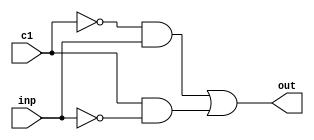
/*
member 1:
Name : Masthanaiah Chintamani
Roll : 191CS115
member 2:
Name : LSV Sandeep 
Roll : 191CS226

Date : 12th March,2021

generates 64-bit ALU
*/

//mux 2:1 which take only one input and make 2 inputs internally one the input and other its inverse and depending on the control 
module mux(out,inp,c1);  //mux develop the a,invert of a with help of the control
output out;
input inp, c1;
wire n_inp;
not(n_inp,inp);
wire temp,temp1;
wire c1_not;
not(c1_not,c1);
and(temp,c1_not,inp);
and(temp1,c1,n_inp);
or(out,temp,temp1);
endmodule

/*
//the following module is not used here as we used mux 2:1 only for invertion of the input so it is embedded in the above module 
//this is implemented for the furthur use
module mux_2inp(out,inp,inp1,c); //mux take 2 inputs and give one output with help of one control input
output out;
input inp,inp1,c;
wire c_inv;
not(c_inv,c);
wire and1,and2;
and(and1,c_inv,inp);
and(and2,c,inp1);
or(out,and1,and2);
endmodule
*/
//mux 4:1  will take 4 inputs and 2-bit control generate single output
module mux_2(out,inp,inp1,inp2,inp3,c);
output out;
input  inp,inp1,inp2,inp3;
input  [1:0] c ;
assign out = (inp & ~c[0] & ~c[1]) | (inp3 & (c[0]) & (c[1]))|(inp2 & ~(c[0]) & (c[1])) | (inp1 & (c[0]) & ~(c[1])) ;
// following structural code can be replaced with above  assign statement to get the same desired output
//wire w1,w2; 
//not(w1,c[0]);
//not(w2,c[1]);
//wire choc,choc1,choc2,choc3;
//and(choc,w1,w2);
//and(choc1,c[0],w2);
//and(choc2,w1,c[1]);
//and(choc3,c[0],c[1]);
//wire out1,out2,out3,out4;
//and(out1,choc,inp);
//and(out2,choc1,inp1);
//and(out3,choc2,inp2);
//and(out4,choc3,inp3);
//wire dis,dis2;
//or(dis,out1,out2);
//or(dis1,out3,out4);
//or(out,dis1,dis);
endmodule


//full adder take 3 inputs two operands and carry_in generating carry_out and sum value
module adder_full(cout,sum,a,b,cin); //full addder 
input a,b,cin;
output cout,sum;
wire w1;
xor(w1,a,b);
xor(sum,w1,cin);
//assign cout = a&b|a&cin|cin&b;
wire o1,o2;
and(o1,a,b);
and(o2,w1,cin);
or(cout,o1,o2);
endmodule


//main module of alu take the a ,b ,
//4-bit having ain for a_invert mux al, bin for b_invert mux b1, and 2 -bit mux control for m2
//carry_in,left
//giving carry_out,result 

module alu_d(result,a,b,ain,bin,cin,c,cout,left); //1-bit alu 
input a,b,ain,bin,left,cin;
input [1:0] c;
output result,cout;
wire w1,w2,w3;
mux a1(w1,a,ain);
mux b1(w2,b,bin);
wire o,ad;
and(ad,w1,w2);
or(o,w1,w2);
adder_full q(cout,w3,a,w2,cin);
mux_2 m2(result,ad,o,w3,left,c);
endmodule


//check the overflow by takig the inputs a,b,carry_out,result and give flag value
// we use a,b,result to generate carry in through odd function implemented with help of xor gates

module overflow1(a,b,r,cout,flag); //overflow control
input a,b,r,cout;
output flag;
xor(a1,a,b);
wire cin;
xor(cin,a1,r);
//assign flag=(cin!=cout)?1:0;
xor(flag,cin,cout);
endmodule


//making an 64-bit alu by combinig them all
//inputs :64-bit a(input),b(input)

module bit_64(a,b,ALUop,result,overflow,zero);
input [63:0] a,b;
output [63:0] result;
output overflow,zero;
input [3:0] ALUop;

wire [63:0]carry_out;

//wire [62:0] con;
//assign con=carry_out[62:0];
wire set;
alu_d alus[63:0](result,a,b,ALUop[3],ALUop[2],{carry_out[62:0],ALUop[2]},{ALUop[1:0]},carry_out[63:0],{63'b0,set}); //64-bit contigous alu alllocation of single bit alu
wire a1,b1;
mux m1(a1,a[63],ALUop[3]);
mux m2(b1,b[63],ALUop[2]);
overflow1 of(a1,b1,carry_out[62],carry_out[63],overflow);
xor(set,overflow,result[63]);
assign zero=(result)?0:1; //used a behavioural code instead of 64-bit nor gate 
endmodule